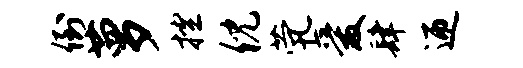
倒萝控倪茕爱肆迎